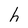
Character: h